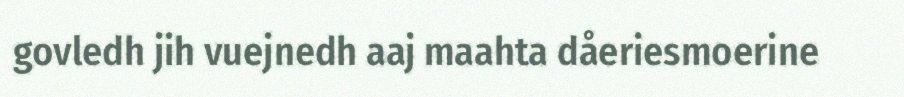
govledh jih vuejnedh aaj maahta dåeriesmoerine